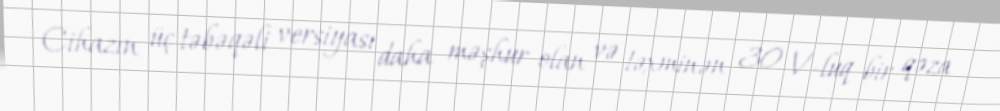
Cihazın üç təbəqəli versiyası daha məşhur olan və təxminən 30 V-luq bir qəza